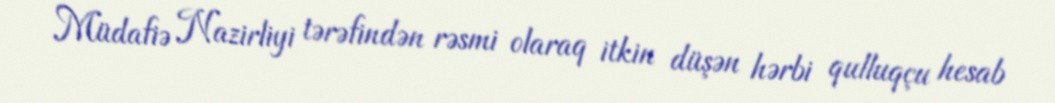
Müdafiə Nazirliyi tərəfindən rəsmi olaraq itkin düşən hərbi qulluqçu hesab